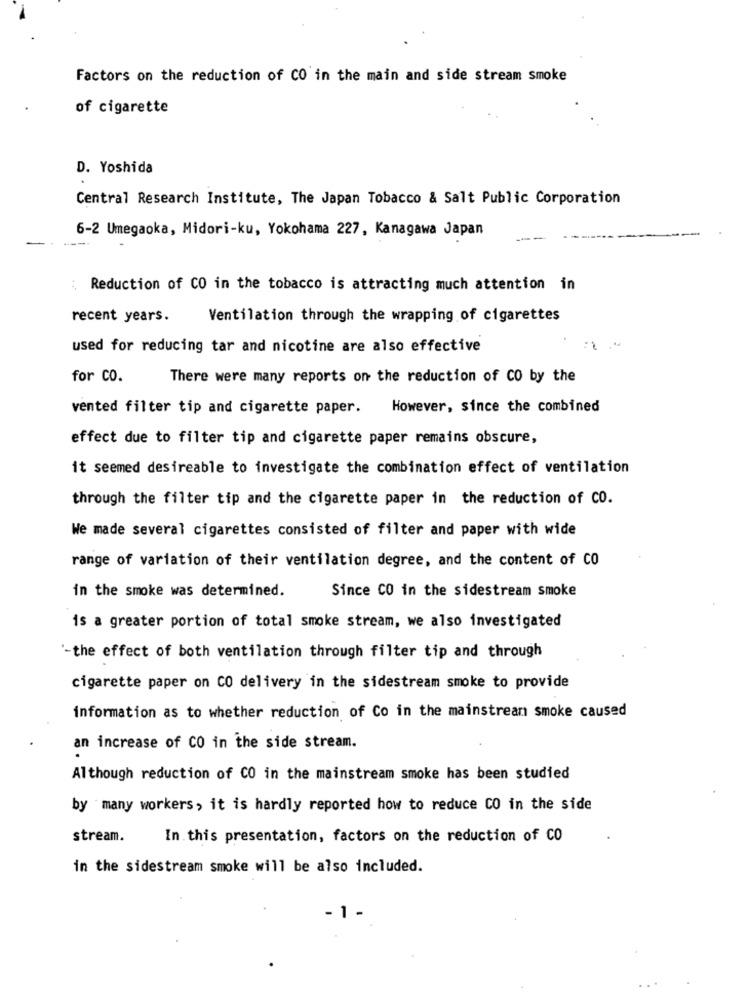
Factors on the reduction of CO in the main and side stream smoke
of cigarette
D. Yoshida
Central Research Institute, The Japan Tobacco & Salt Public Corporation
6-2 Umegaoka, Midori-ku, Yokohama 227, Kanagawa Japan
: Reduction of CO in the tobacco is attracting much attention in
recent years.
Ventilation through the wrapping of cigarettes
used for reducing tar and nicotine are also effective
for CO.
There were many reports on the reduction of CO by the
vented filter tip and cigarette paper.
However, since the combined
effect due to filter tip and cigarette paper remains obscure,
it seemed desireable to investigate the combination effect of ventilation
through the filter tip and the cigarette paper in the reduction of CO.
We made several cigarettes consisted of filter and paper with wide
range of variation of their ventilation degree, and the content of CO
in the smoke was determined.
Since CO in the sidestream smoke
is a greater portion of total smoke stream, we also investigated
'-the effect of both ventilation through filter tip and through
cigarette paper on CO delivery in the sidestream smoke to provide
information as to whether reduction of Co in the mainstream smoke caused
an increase of CO in the side stream.
Although reduction of CO in the mainstream smoke has been studied
by many workers, it is hardly reported how to reduce CO in the side
stream.
In this presentation, factors on the reduction of CO
in the sidestream smoke will be also included.
- 1 -